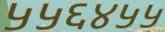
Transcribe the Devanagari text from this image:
५५६४५५